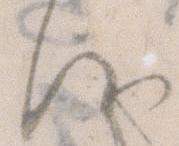
候